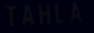
TAHLA